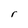
Character: r